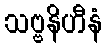
သဗ္ဗနိဟီနံ